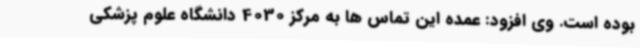
بوده است. وی افزود: عمده این تماس ها به مرکز 4030 دانشگاه علوم پزشکی